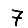
Digit: 7